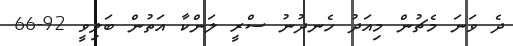
ދެ ވަނަ މެޗުން މިއަދު ހެނދުނު ސްރީ ލަންކާ އަތުން ބަލިވީ 92-66